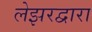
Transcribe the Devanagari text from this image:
लेझरद्वारा